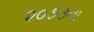
૨૦૭૩ના